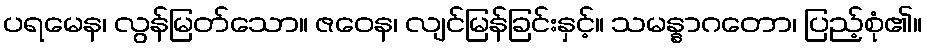
ပရမေန၊ လွန်မြတ်သော။ ဇဝေန၊ လျင်မြန်ခြင်းနှင့်။ သမန္နာဂတော၊ ပြည့်စုံ၏။